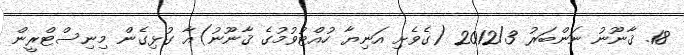
18. ޤާނޫނު ނަންބަރު 2012/3 (ގެވެށި އަނިޔާ ހުއްޓުވުމުގެ ޤާނޫނު)އާ ގުޅިގެން މިނިސްޓްރީން